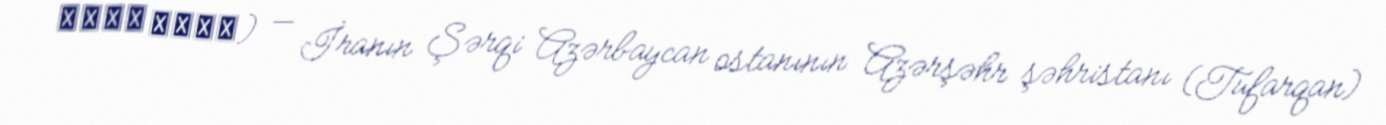
قاضي جهان) — İranın Şərqi Azərbaycan ostanının Azərşəhr şəhristanı (Tufarqan)